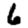
Digit: 6